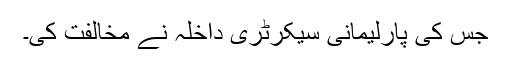
جس کی پارلیمانی سیکرٹری داخلہ نے مخالفت کی۔